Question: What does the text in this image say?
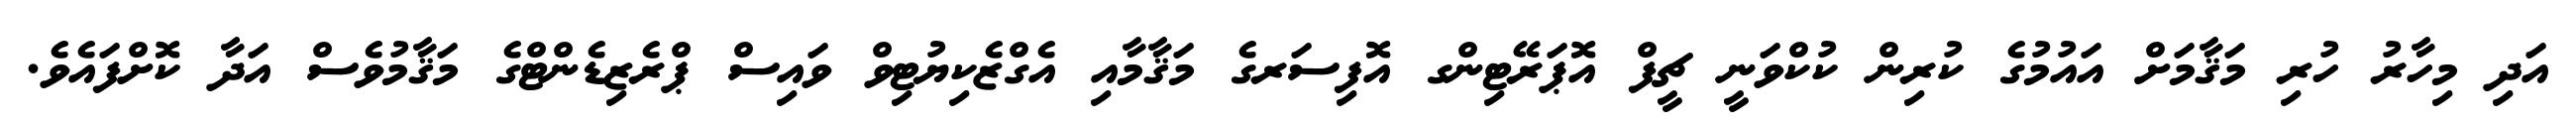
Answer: އަދި މިހާރު ހުރި މަޤާމަށް އައުމުގެ ކުރިން ކުކްވަނީ ޗީފް އޮޕަރޭޓިންގ އޮފިސަރގެ މަޤާމާއި އެގްޒެކިޔުޓިވް ވައިސް ޕްރެޒިޑެންޓްގެ މަޤާމުވެސް އަދާ ކޮށްފައެވެ.